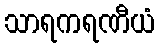
သာရကရဏီယံ